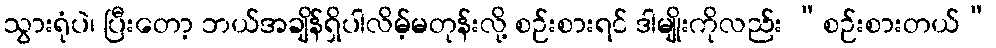
သွားရုံပဲ၊ ပြီးတော့ ဘယ်အချိန်ရှိပါလိမ့်မတုန်းလို့ စဉ်းစားရင် ဒါမျိုးကိုလည်း “စဉ်းစားတယ်”